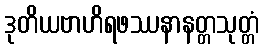
ဒုတိယဗာဟိရဖဿနာနတ္တသုတ္တံ